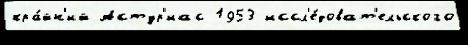
кра́йн'ий Астур'иас 1953 иссл'е́доват'ельского